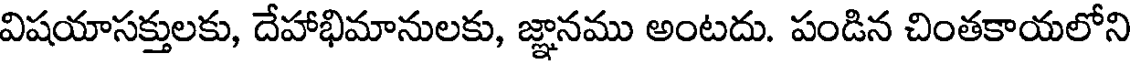
విషయాసక్తులకు, దేహాభిమానులకు, జ్ఞానము అంటదు. పండిన చింతకాయలోని